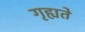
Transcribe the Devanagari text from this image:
गृह्यते